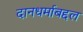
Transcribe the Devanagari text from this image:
दानधर्माबद्दल